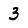
Character: 3